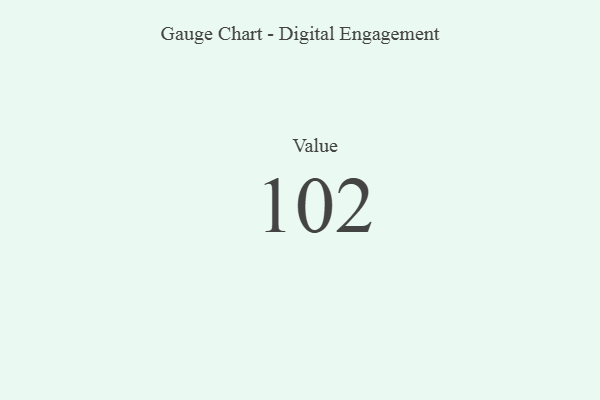
{"axis": {"x": "Metric", "y": "Value"}, "legend": [""], "data": [{"x": "Value", "y": 102, "type": ""}]}